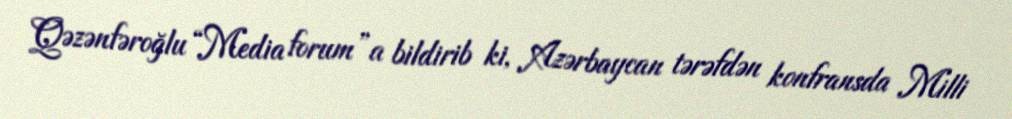
Qəzənfəroğlu “Media forum”a bildirib ki, Azərbaycan tərəfdən konfransda Milli